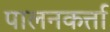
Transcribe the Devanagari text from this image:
पालनकर्त्ता